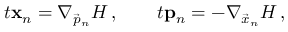
\begin{array} { r } { \d _ { t } \mathbf { x } _ { n } = \nabla _ { \vec { p } _ { n } } H \, , \qquad \d _ { t } \mathbf { p } _ { n } = - \nabla _ { \vec { x } _ { n } } H \, , } \end{array}